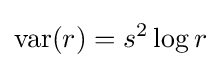
\operatorname {var} (r)=s^{2}\log r